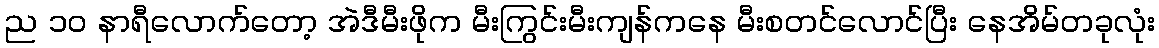
ည ၁၀ နာရီလောက်တော့ အဲဒီမီးဖိုက မီးကြွင်းမီးကျန်ကနေ မီးစတင်လောင်ပြီး နေအိမ်တခုလုံး